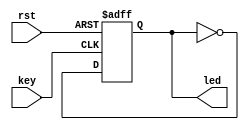
module trans(
           input wire key,
           input wire rst,
           output reg led
       );

always @(posedge key, negedge rst)
    if (!rst)
        led <= 1;
    else if(key)
        led <= ~led;
    else
        led <= led;
endmodule